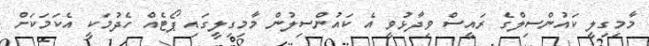
މާމިގިލީ ކައުންސިލްގެ ރައީސް ވިދާޅުވީ އެ ކައުންސިލުން މާމިގިލީގައި ޕޯޓެއް ހެދުމަކީ އެކަމަކަށް